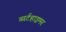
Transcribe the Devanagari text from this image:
व्यर्टहाइमर